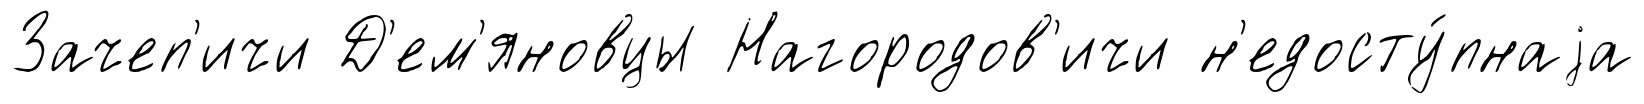
Зачеп'ичи Д'ем'яновцы Нагородов'ичи н'едосту́пнаjа